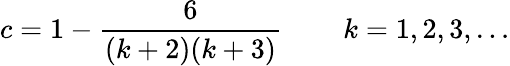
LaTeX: c=1-\frac{6}{(k+2)(k+3)}\, \qquad k=1,2,3,\ldots